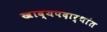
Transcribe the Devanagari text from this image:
खाद्यपदार्थांत